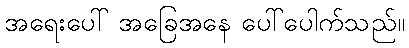
အရေးပေါ် အခြေအနေ ပေါ်ပေါက်သည်။